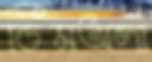
ডিমঅলা